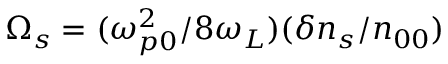
\Omega _ { s } = ( \omega _ { p 0 } ^ { 2 } / 8 \omega _ { L } ) ( \delta n _ { s } / n _ { 0 0 } )